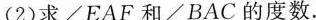
(2)求∠EAF和∠BAC的度数。